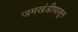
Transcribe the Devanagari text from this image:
जमखंडीपासून